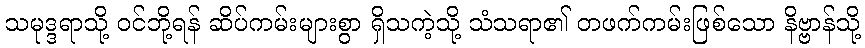
သမုဒ္ဒရာသို့ ဝင်ဘို့ရန် ဆိပ်ကမ်းများစွာ ရှိသကဲ့သို့ သံသရာ၏ တဖက်ကမ်းဖြစ်သော နိဗ္ဗာန်သို့